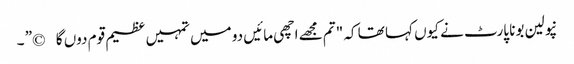
نپولین بونا پارٹ نے کیوں کہا تھا کہ "تم مجھے اچھی مائیں دو میں تمہیں عظیم قوم دوں گا©” ۔